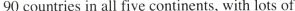
90 countries in all five continents, with lots of